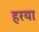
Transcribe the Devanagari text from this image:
हरया